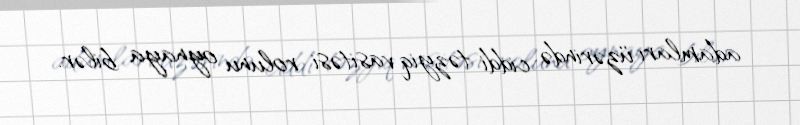
adamları üzərində ciddi təzyiq vasitəsi rolunu oynaya bilər.